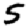
Digit: 5